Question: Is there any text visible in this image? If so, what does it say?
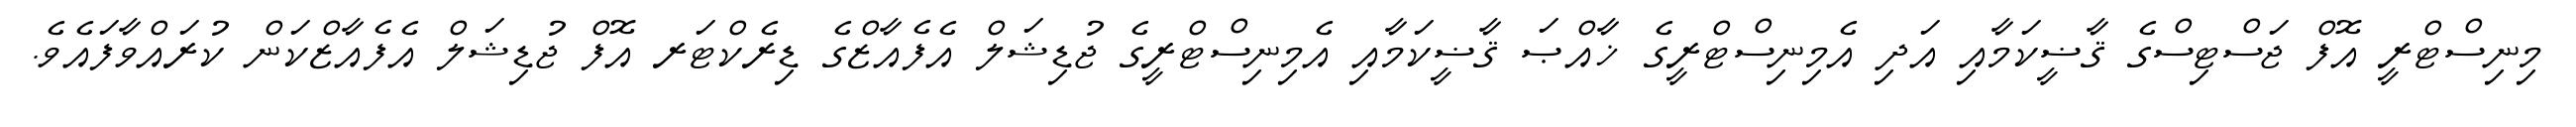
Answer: މިނިސްޓްރީ އޮފް ޖަސްޓިސްގެ ޤާޟީކަމާއި އަދި އެމިނިސްޓްރީގެ ޚާއްޞަ ޤާޟީކަމާއި އެމިނިސްޓްރީގެ ޖުޑިޝަލް އެފެއާޒްގެ ޑިރެކްޓަރ އޮފް ޖުޑިޝަލް އެފެއާޒްކަން ކުރައްވާފައެވެ.